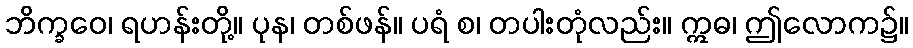
ဘိက္ခဝေ၊ ရဟန်းတို့။ ပုန၊ တစ်ဖန်။ ပရံ စ၊ တပါးတုံလည်း။ ဣဓ၊ ဤလောက၌။